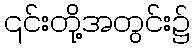
၎င်းတို့အတွင်း၌